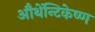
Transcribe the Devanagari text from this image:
औथेंन्टिकेष्ण